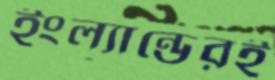
ইংল্যান্ডেরই